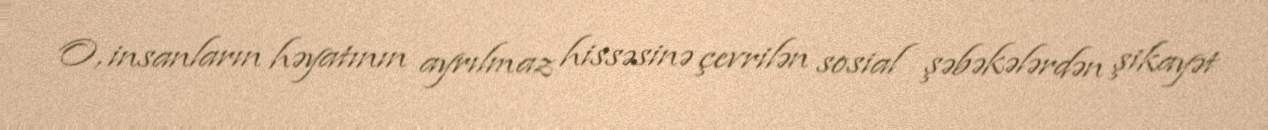
O, insanların həyatının ayrılmaz hissəsinə çevrilən sosial şəbəkələrdən şikayət